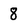
Character: 8